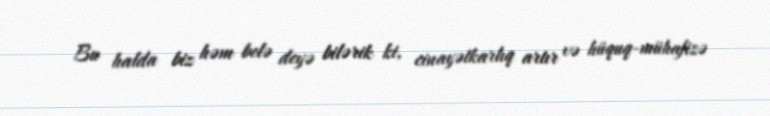
Bu halda biz həm belə deyə bilərik ki, cinayətkarlıq artır və hüquq-mühafizə